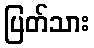
ပြတ်သား